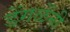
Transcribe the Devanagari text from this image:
डेंगळेंनी